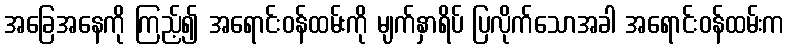
အခြေအနေကို ကြည့်၍ အရောင်းဝန်ထမ်းကို မျက်နှာရိပ် ပြလိုက်သောအခါ အရောင်းဝန်ထမ်းက